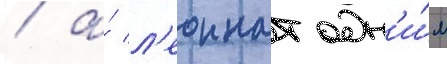
/ а́ л'еоннат одн'и́м